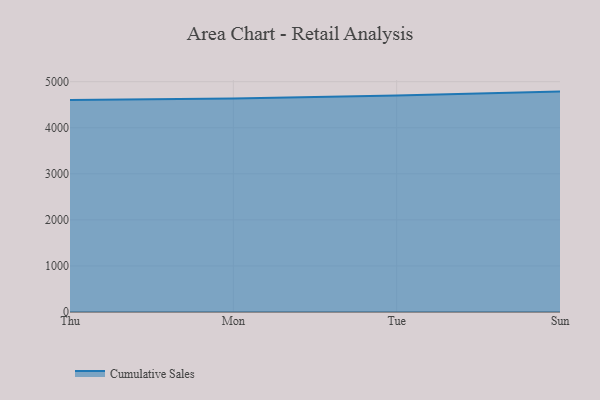
{"axis": {"x": "Day", "y": "Population (Million)"}, "legend": ["Cumulative Sales"], "data": [{"x": "Thu", "y": 4600.8, "type": "Cumulative Sales"}, {"x": "Mon", "y": 4637.0, "type": "Cumulative Sales"}, {"x": "Tue", "y": 4701.3, "type": "Cumulative Sales"}, {"x": "Sun", "y": 4784.8, "type": "Cumulative Sales"}]}